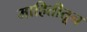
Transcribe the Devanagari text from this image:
माहितीतून